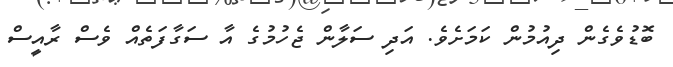
ބޮޑުވެގެން ދިއުމުން ކަމަށެވެ. އަދި ސަލާން ޖެހުމުގެ އާ ސަގާފަތެއް ވެސް ރާއީސް